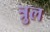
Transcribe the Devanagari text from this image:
त्रुल